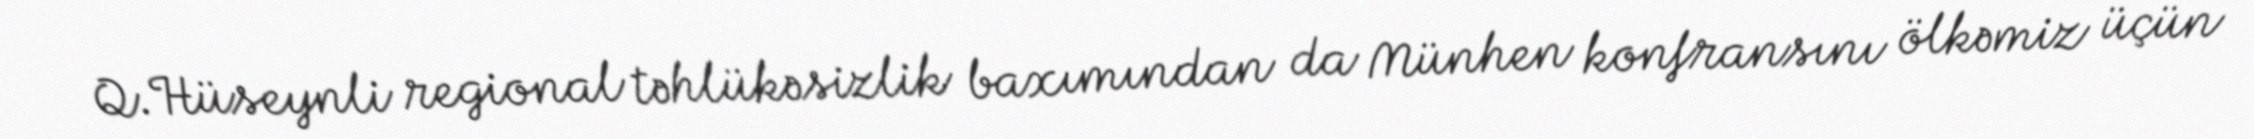
Q.Hüseynli regional təhlükəsizlik baxımından da Münhen konfransını ölkəmiz üçün